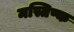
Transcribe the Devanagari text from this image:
मस्तिष्क